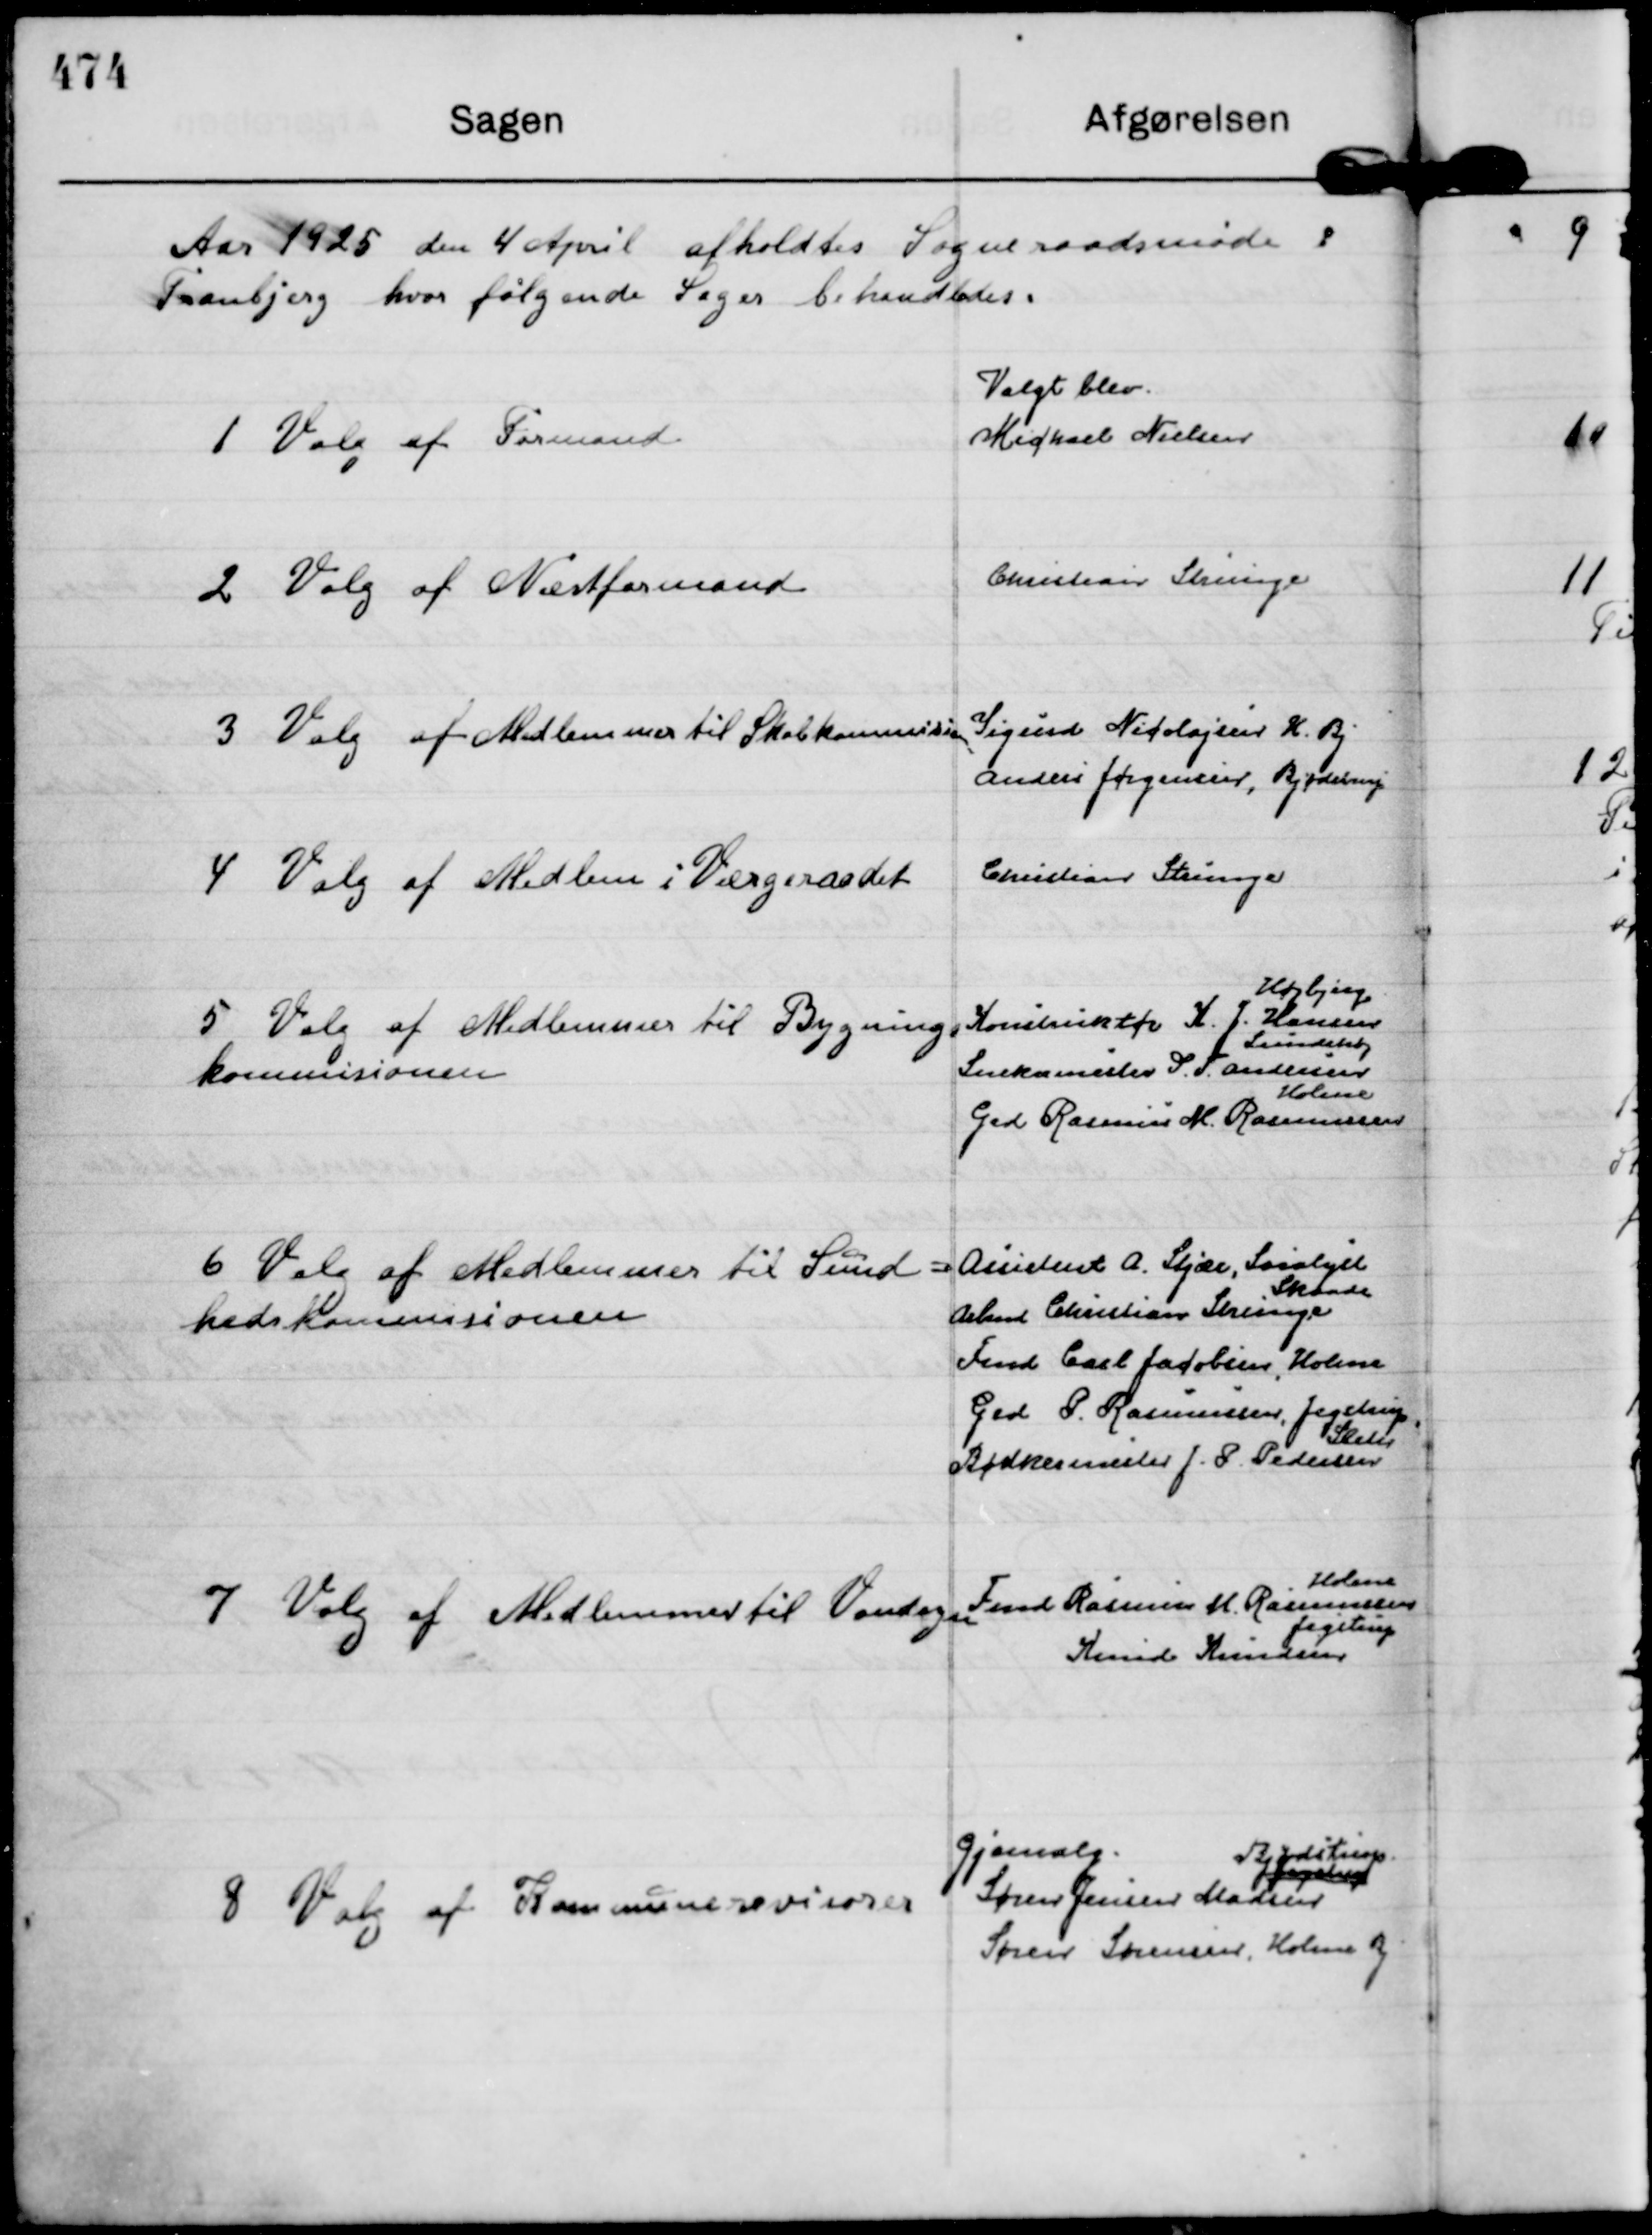
Transskription:
Aar 1925 den 4 April afholdtes Sogneraadsmøde i
Tranbjerg hvor følgende Sager behandledes:

1
Valg af Formand

Valgt blev.
Michael Nielsen

2
Valg af Næstformand

Christian Strunge

3
Valg af Medlemmer til Skolekommision

Sigurd Nicolajsen H. Bj
Anders Jørgensen, Bjødstrup

4
Valg af Medlem i Værgeraadet

Christian Strunge

5
Valg af Medlemmer til Bygnings
kommisionen

Konstruktør K. J. Hansen
Højbjerg
Snedkermester S. T. Andersen
Lundshøj
Grd Rasmus M. Rasmussen
Holme

6
Valg af Medlemmer til Sund=
hedskommisionen

Assistent A. Stjær, Saralyst
Arbmd Christian Strunge
Skaade
Fmd Carl Jacobsen, Holme
Grd P. Rasmussen, Jegstrup
Bødkermester J. P. Pedersen
Sleth

7
Valg af Medlemmer til Vandsyn

Fmd Rasmus M. Rasmussen 
Holme
Knud Knudsen
Jegstrup

8
Valg af Kommunerevisorer

Gjenvalg.
Søren Jensen Madsen
Jegstrup
Bjødstrup
Søren Sørensen, Holme Bj